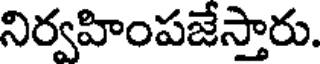
నిర్వహింపజేస్తారు.